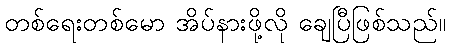
တစ်ရေးတစ်မော အိပ်နားဖို့လို ချေပြီဖြစ်သည်။